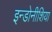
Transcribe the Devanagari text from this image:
इन्डोनीशिया